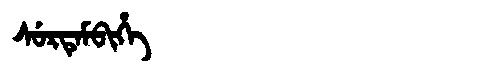
Manchu: ᠰᡠᡵᡨᡝᠮᠪᡳᡥᡝ
Romanization: SURTEMBIHE